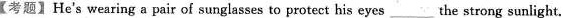
【考题】He's wearing a pair of sunglasses to protect his eyes___ the strong sunlight.